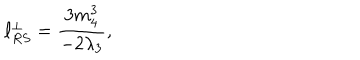
LaTeX: \ell _ { R S } ^ { \perp } = \frac { 3 m _ { 4 } ^ { 3 } } { - 2 \lambda _ { 3 } } ,